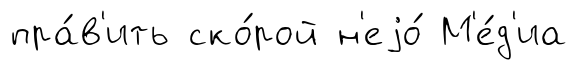
пра́в'ить ско́рой н'еjо́ М'е́д'иа